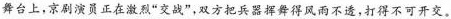
舞台上，京剧演员正在激烈”交战”，双方把兵器挥舞得风雨不透，打得不可开交。